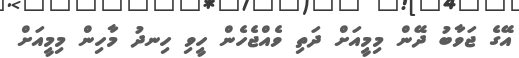
އޭގެ ޖަވާބު ދޭން މިމީއަށް ދަތި ވެއްޖެހެން ހީވި ހިނދު މާހިން މިމީއަށް